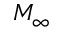
M _ { \infty }